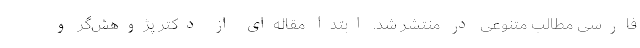
فارسی مطالب متنوعی در منتشر شد. ابتدا مقاله‌ای از دکتر پژوهش‌گر و